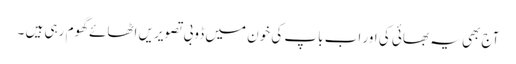
آج بھی یہ بھائی کی اور اب باپ کی خون میں ڈوبی تصویریں اٹھائے گھوم رہی ہیں ۔